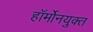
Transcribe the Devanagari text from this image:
हॉर्मोनयुक्त